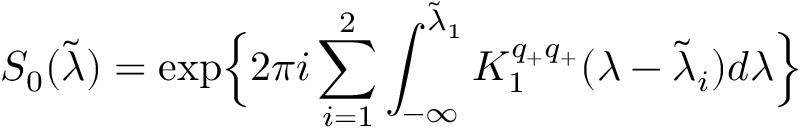
S _ { 0 } ( \tilde { \lambda } ) = \exp \Bigl \{ 2 \pi i \sum _ { i = 1 } ^ { 2 } \int _ { - \infty } ^ { \tilde { \lambda } _ { 1 } } K _ { 1 } ^ { q _ { + } q _ { + } } ( \lambda - \tilde { \lambda } _ { i } ) d \lambda \Bigr \}